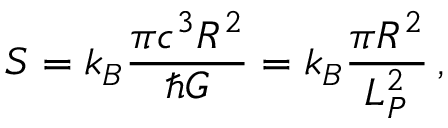
S = k _ { B } \frac { \pi c ^ { 3 } R ^ { 2 } } { \hbar G } = k _ { B } \frac { \pi R ^ { 2 } } { L _ { P } ^ { 2 } } \, ,